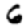
Digit: 6